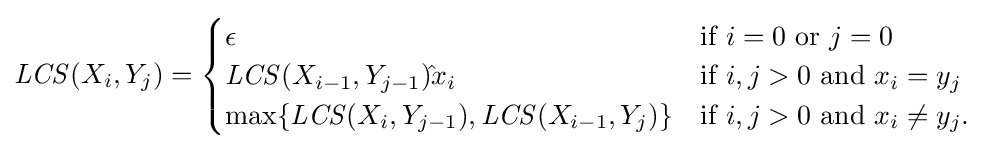
{\mathit {LCS}}(X_{i},Y_{j})={\begin{cases}\epsilon &{\mbox{if }}i=0{\mbox{ or }}j=0\\{\mathit {LCS}}(X_{i-1},Y_{j-1}){\hat {}}x_{i}&{\mbox{if }}i,j>0{\mbox{ and }}x_{i}=y_{j}\\\operatorname {\max } \{{\mathit {LCS}}(X_{i},Y_{j-1}),{\mathit {LCS}}(X_{i-1},Y_{j})\}&{\mbox{if }}i,j>0{\mbox{ and }}x_{i}\neq y_{j}.\end{cases}}